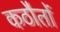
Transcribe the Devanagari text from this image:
कठौतों